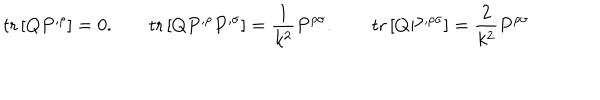
LaTeX: \mathrm { t r } \left[ Q P ^ { , \rho } \right] = 0 . \qquad \mathrm { t r } \left[ Q P ^ { , \rho } P ^ { , \sigma } \right] = \frac { 1 } { k ^ { 2 } } P ^ { \rho \sigma } . \qquad \mathrm { t r } \left[ Q P ^ { , \rho \sigma } \right] = \frac { 2 } { k ^ { 2 } } P ^ { \rho \sigma }